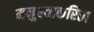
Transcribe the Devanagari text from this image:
मनुश्याकरिता